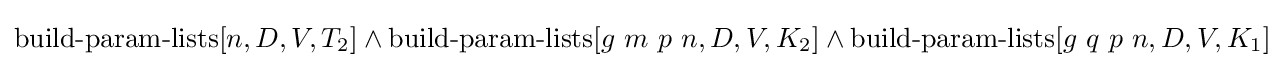
\operatorname {build-param-lists} [n,D,V,T_{2}]\land \operatorname {build-param-lists} [g\ m\ p\ n,D,V,K_{2}]\land \operatorname {build-param-lists} [g\ q\ p\ n,D,V,K_{1}]